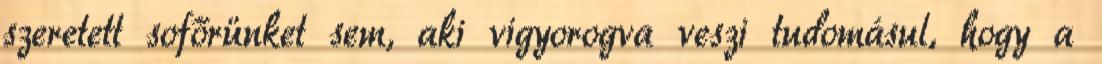
szeretett sofőrünket sem, aki vigyorogva veszi tudomásul, hogy a